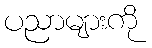
ပညာများကို